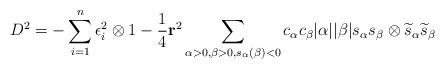
LaTeX: \begin{align*} D^2 =-\sum_{i=1}^n \epsilon_i^2 \otimes 1 -\frac{1}{4}\mathbf r^2\sum_{\alpha>0, \beta>0, s_{\alpha}(\beta)<0} c_{\alpha}c_{\beta}|\alpha||\beta|s_{\alpha}s_{\beta}\otimes \widetilde{s}_{\alpha}\widetilde{s}_{\beta} \end{align*}